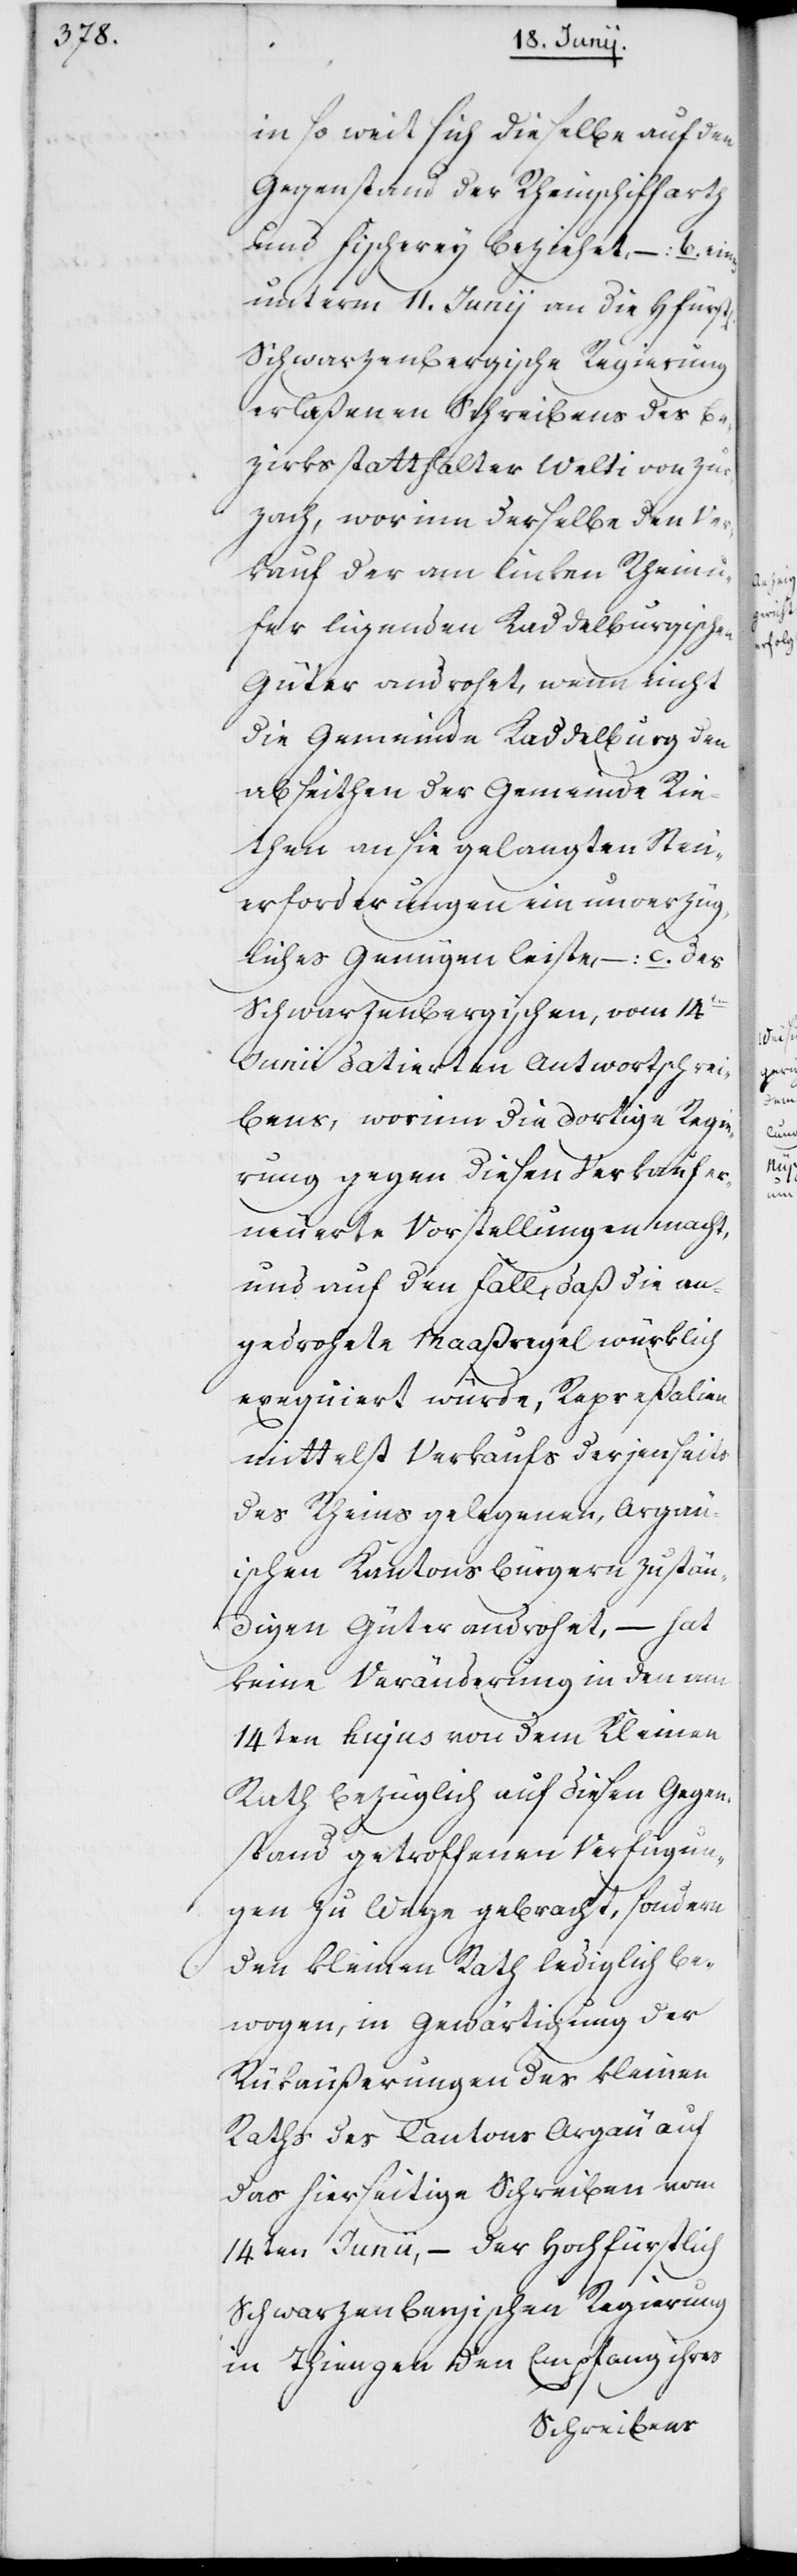
insoweit sich dieselbe auf den
Gegenstand der Rheinschiffarth
und Fischerey beziehet, – b. eines
unterm 11. Junij an die Hochfürstl.
Schwarzenbergischen Regierung
erlaßenen Schreibens des Be¬
zirksstatthalter Welti von Zur¬
zach, worinn derselbe den Ver¬
kauf der am linken Rheinu¬
fer ligenden Kaddelburgischen
Güter androhet, wenn nicht
die Gemeinde Kaddelburg den
abseithen der Gemeinde Rie¬
then an sie gelangten Steu¬
erforderungen ein unverzüg¬
liches Genügen leiste, – c. des
Schwarzenbergischen, vom 14ten
Junii datierten Antwortschrei¬
bens, worinn die dortige Regie¬
rung gegen diesen Verkauf er¬
neuerte Vorstellungen macht,
und auf den Fall, daß die an¬
gedrohete Maaßregel würklich
exequiert würde, Repreßalien
mittelst Verkaufs der jenseits
des Rheins gelegenen, Argäu¬
ischen Kantonsbürgern zustän¬
digen Güter androhet, – hat
keine Veränderung in den am
14ten hujus von dem Kleinen
Rath bezüglich auf diesen Gegen¬
stand getroffenen Verfügun¬
gen zu Wege gebracht, sondern
den kleinen Rath lediglich be¬
wogen, in Gewärtigung der
Rükäußerungen des Kleinen
Raths des Cantons Argäu auf
das hierseitige Schreiben vom
14ten Junii, – der Hochfürstlich
in Thiengen den Empfang ihres